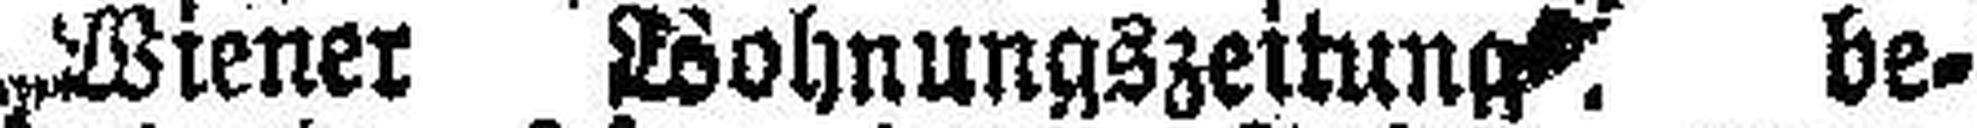
„Wiener Wohnungszeitung“, be¬